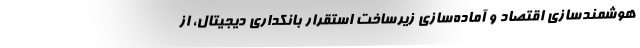
هوشمندسازی اقتصاد و آماده‌سازی زیرساخت استقرار بانکداری دیجیتال، از